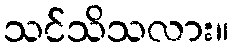
သင်သိသလား။